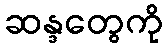
ဆန္ဒတွေကို